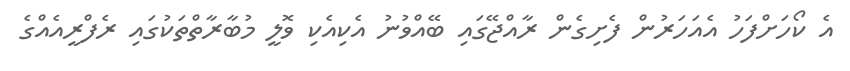
އެ ކޯހަށްފަހު އެއަހަރުން ފެށިގެން ރާއްޖޭގައި ބޭއްވުނު އެކިއެކި ވޮލީ މުބާރާތްތަކުގައި ރެފްރީއެއްގެ